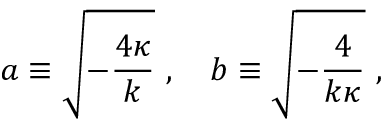
a \equiv \sqrt { - { \frac { 4 \kappa } { k } } } \ , \ \ \ b \equiv \sqrt { - { \frac { 4 } { k \kappa } } } \ ,